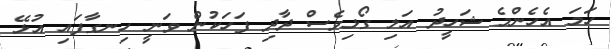
ހަމަ އެހެންމެ ޝަހީދު އަލި ގޯޅިވެސް ދާދި ފަހަކުން ވަނީ ހިނގާފައި އުޅޭ